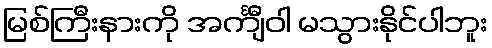
မြစ်ကြီးနားကို အင်္ကျီဝါ မသွားနိုင်ပါဘူး